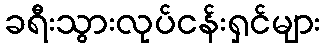
ခရီးသွားလုပ်ငန်းရှင်များ